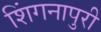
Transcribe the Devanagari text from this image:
शिंगनापुरी